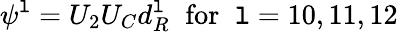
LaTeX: \psi^{\mathtt{l}}=U_{2}U_{C}d_{R}^{\mathtt{l}}\; \; \mathrm{{for}}\; \; \mathtt{l}=10,11,12